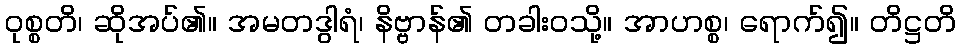
ဝုစ္စတိ၊ ဆိုအပ်၏။ အမတဒွါရံ၊ နိဗ္ဗာန်၏ တခါးဝသို့။ အာဟစ္စ၊ ရောက်၍။ တိဋ္ဌတိ